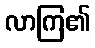
လာကြ၏